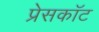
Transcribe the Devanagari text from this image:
प्रेसकॉट